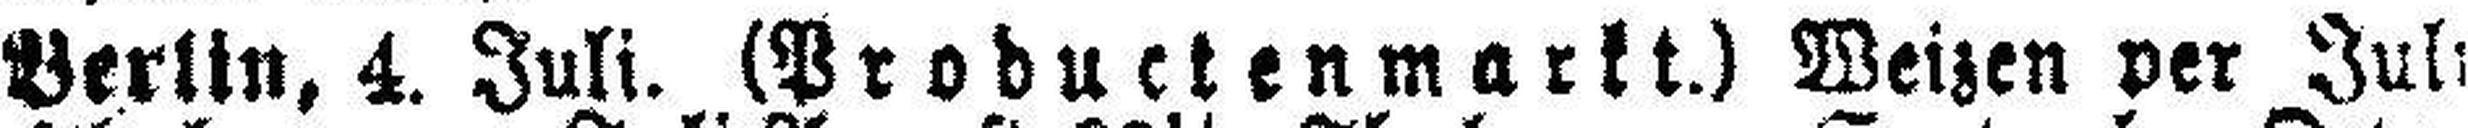
Berlin, 4. Juli. (Productenmarkt.) Weizen per Juli